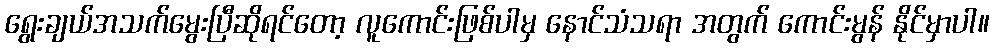
ရွေးချယ်အသက်မွေးပြီဆိုရင်တော့ လူကောင်းဖြစ်ပါမှ နောင်သံသရာ အတွက် ကောင်းမွန် နိုင်မှာပါ။